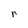
Character: r